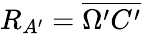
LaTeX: R_{A^{\prime}}=\overline{{\Omega^{\prime}C^{\prime}}}